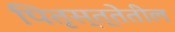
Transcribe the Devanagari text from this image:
पितृस्त्तेतील